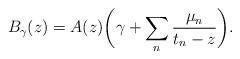
LaTeX: \begin{align*}B_\gamma(z) = A(z) \bigg(\gamma + \sum_n \frac{\mu_n}{t_n-z}\bigg).\end{align*}